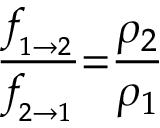
\frac { f \! _ { _ { 1 { \rightarrow } 2 } } } { f \! _ { _ { 2 { \rightarrow } 1 } } } { = } \frac { \rho _ { 2 } } { \rho _ { 1 } }